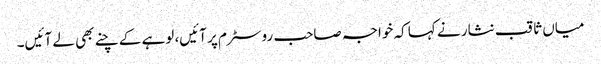
میاں ثاقب نثار نے کہا کہ خواجہ صاحب روسٹرم پر آئیں، لوہے کے چنے بھی لے آئیں۔